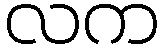
လက